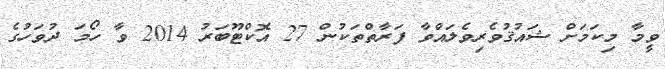
ވީމާ މިކަމަށް ޝައުޤުވެރިވެލައްވާ ފަރާތްތަކުން 27 އޮކްޓޫބަރު 2014 ވާ ހޯމަ ދުވަހުގެ